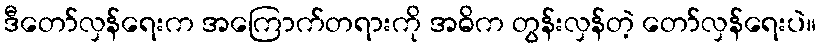
ဒီတော်လှန်ရေးက အကြောက်တရားကို အဓိက တွန်းလှန်တဲ့ တော်လှန်ရေးပဲ။